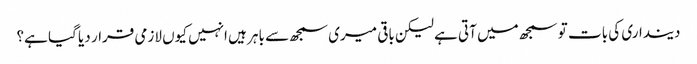
دینداری کی بات تو سمجھ میں آتی ہے لیکن باقی میری سمجھ سے باہر ہیں انہیں کیوں لازمی قرار دیا گیا ہے؟